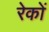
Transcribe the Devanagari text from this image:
रेकों